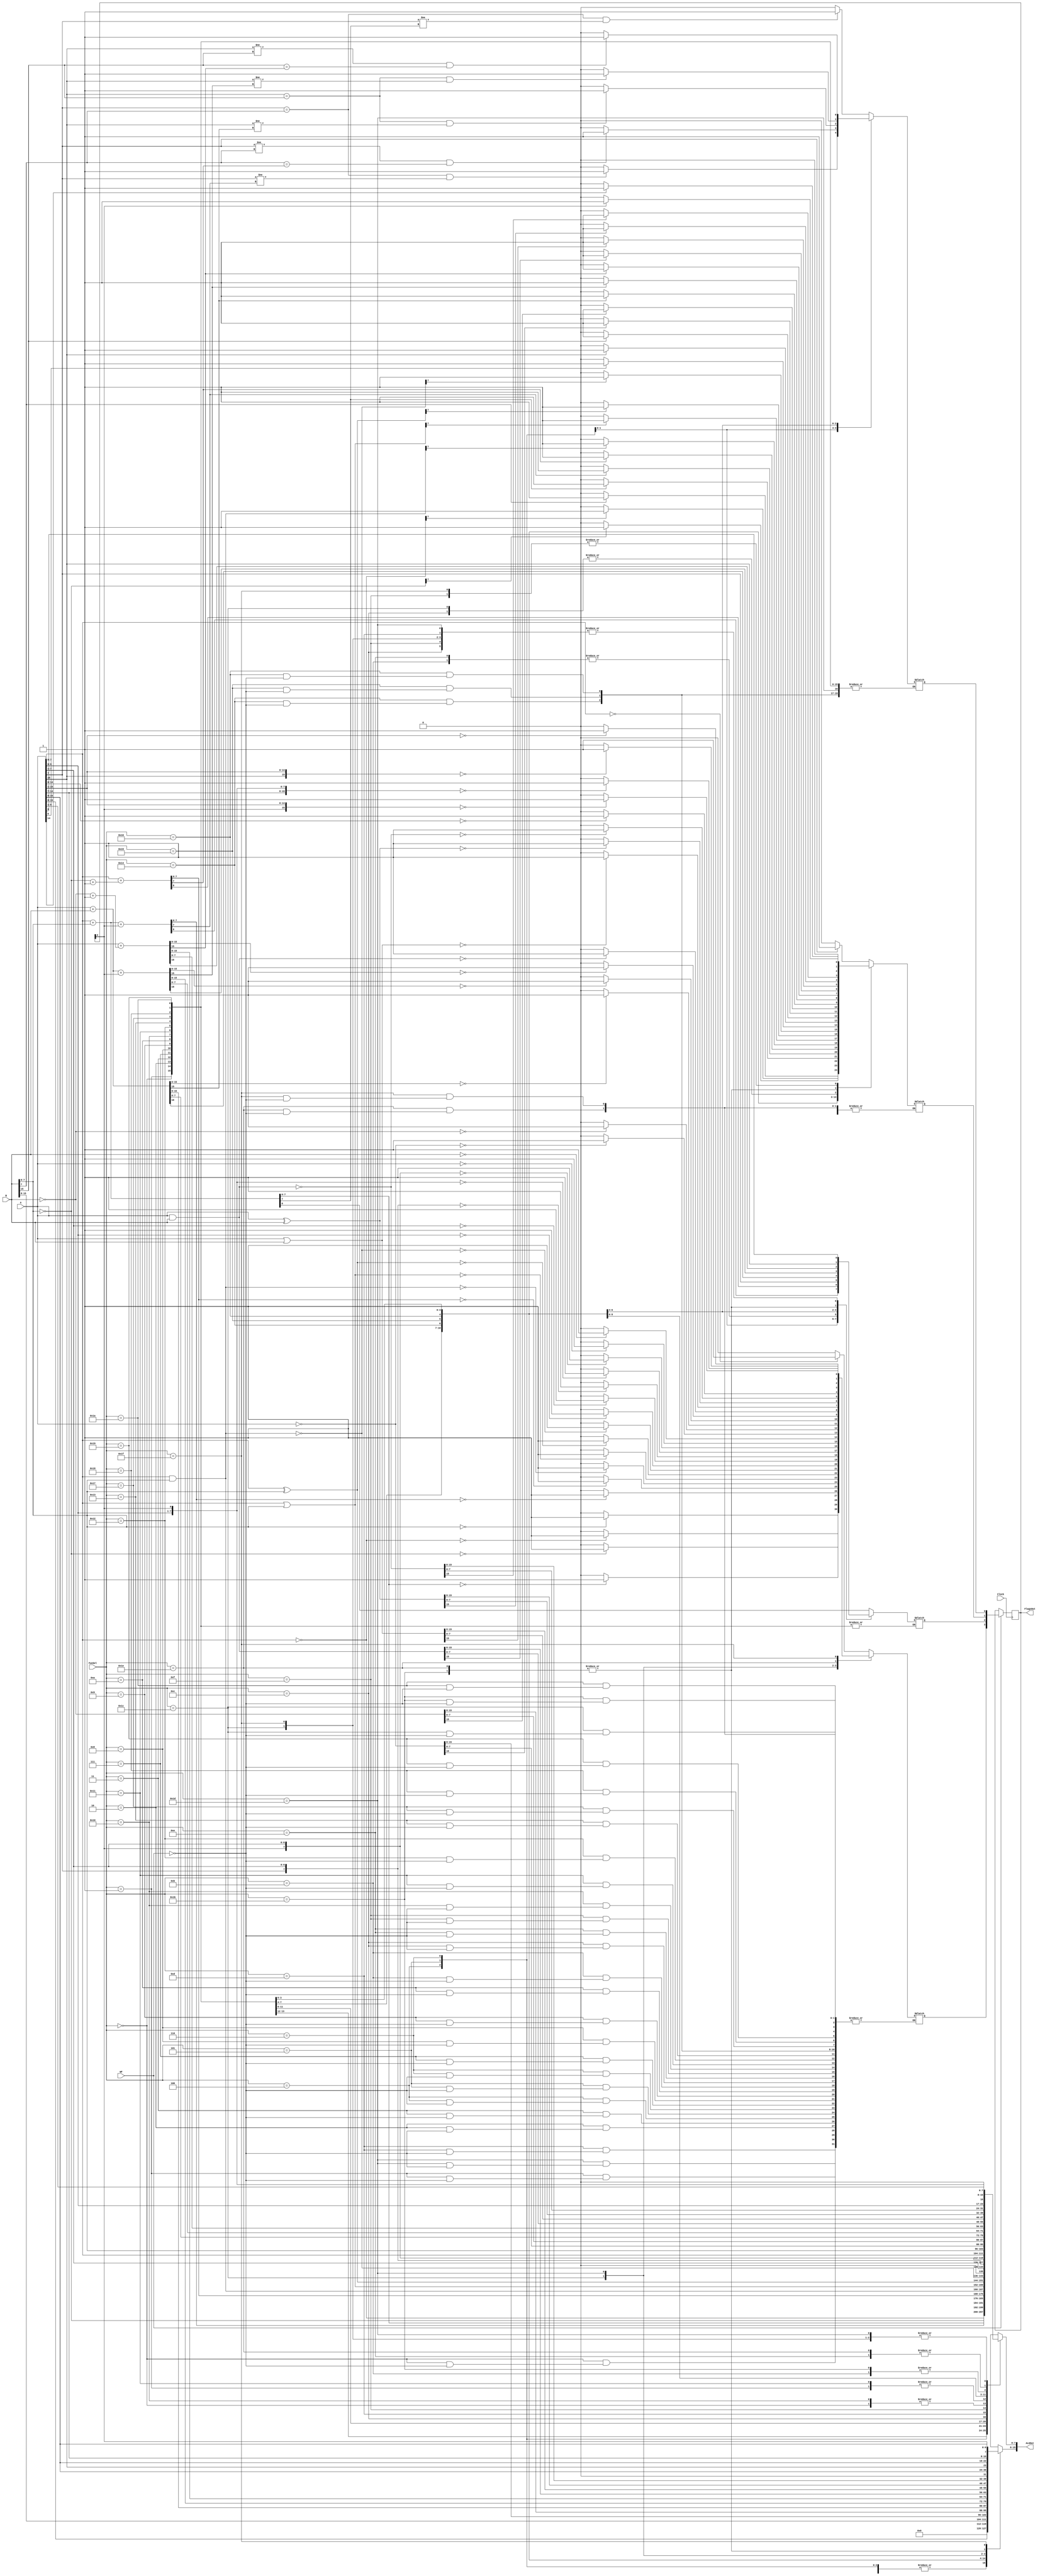
`timescale 1ns / 1ps

module ArithmeticLogicUnit(
    input wire [15:0] A,
    input wire [15:0] B,
    input wire [4:0] FunSel,
    input wire WF,
    input wire Clock,
    output reg [15:0] ALUOut,
    output reg [3:0] FlagsOut
    );
    
    // Zero, Carry, Negative, Overflow Flags
    reg Z = 0, C = 0, N = 0, O = 0;
    
    
    always @(*) 
    begin

        case(FunSel)
            
            // A (8-bit)
            5'b00000:
                begin
                    ALUOut = {8'h00, A[7:0]};
                    
                    if (WF) begin
                        Z = (ALUOut == 16'h0000) ? 1 : 0;
                        N = (ALUOut[7] == 1) ? 1 : 0;
                    end
                end
            

            // B (8-bit)
            5'b00001:
                begin
                    ALUOut = {8'h00, B[7:0]};
                    
                    if (WF) begin
                        Z = (ALUOut == 16'h0000) ? 1 : 0;
                        N = (ALUOut[7] == 1) ? 1 : 0;
                    end
                end            

            
            // NOT A (8-bit)
            5'b00010:
                begin
                    ALUOut = {8'h00, ~A[7:0]};
                    
                    if (WF) begin
                        Z = (ALUOut == 16'h0000) ? 1 : 0;
                        N = (ALUOut[7] == 1) ? 1 : 0;
                    end
                end
                
                
            // NOT B (8-bit)
            5'b00011:
                begin
                     ALUOut = {8'h00, ~B[7:0]};
                
                    if (WF) begin
                        Z = (ALUOut == 16'h0000) ? 1 : 0;
                        N = (ALUOut[7] == 1) ? 1 : 0;
                    end
                end
            
            
            // A + B (8-bit)
            5'b00100:
                begin
                    ALUOut = 16'h0000;
                    {C, ALUOut[7:0]} = {1'b0, A[7:0]} + {1'b0, B[7:0]};
                    
                    if (WF) begin
                        Z = (ALUOut == 16'h0000) ? 1 : 0;
                        N = (ALUOut[7] == 1) ? 1 : 0;
                        O = (A[7] == B[7] && A[7] != ALUOut[7]) ? 1 : 0;
                    end
                end                   
            
            
            // A + B + Carry (8-bit)
            5'b00101:
                begin
                    ALUOut = 16'h0000;
                    {C, ALUOut[7:0]} = {1'b0, A[7:0]} + {1'b0, B[7:0]} + {8'h00, FlagsOut[2]};
                
                    if (WF) begin
                        Z = (ALUOut == 16'h0000) ? 1 : 0;
                        N = (ALUOut[7] == 1) ? 1 : 0;
                        O = (A[7] == B[7] && A[7] != ALUOut[7]) ? 1 : 0;
                    end                    
                end       
            
            
            // A  B (8-bit)            
            5'b00110:
                begin
                    ALUOut = 16'h0000;
                    {C, ALUOut[7:0]} = {1'b0, A[7:0]} + {1'b0, (~B[7:0] + 8'd1)};

                    if (WF) begin
                        Z = (ALUOut == 16'h0000) ? 1 : 0;
                        N = (ALUOut[7] == 1) ? 1 : 0;
                        O = (A[7] != B[7] && B[7] == ALUOut[7]) ? 1 : 0;
                    end                
                end
                
                
            // A AND B (8-bit)
            5'b00111:
                begin
                    ALUOut = 16'h0000;
                    ALUOut[7:0] = A[7:0] & B[7:0];
                
                    if (WF) begin
                        Z = (ALUOut == 16'h0000) ? 1 : 0;
                        N = (ALUOut[7] == 1) ? 1 : 0;
                    end                    
                end
                
                
            // A OR B (8-bit)
            5'b01000:
                begin
                    ALUOut = 16'h0000;
                    ALUOut[7:0] = A[7:0] | B[7:0];
            
                    if (WF) begin
                        Z = (ALUOut == 16'h0000) ? 1 : 0;
                        N = (ALUOut[7] == 1) ? 1 : 0;
                    end                    
                end
            
            
            // A XOR B (8-bit)
            5'b01001:
                begin
                    ALUOut = 16'h0000;
                    ALUOut[7:0] = A[7:0] ^ B[7:0];
            
                    if (WF) begin
                        Z = (ALUOut == 16'h0000) ? 1 : 0;
                        N = (ALUOut[7] == 1) ? 1 : 0;
                    end                    
                end
            
            
            // A NAND B (8-bit)   
            5'b01010:
                begin
                    ALUOut = 16'h0000;
                    ALUOut[7:0] = ~(A[7:0] & B[7:0]);
            
                    if (WF) begin
                        Z = (ALUOut == 16'h0000) ? 1 : 0;
                        N = (ALUOut[7] == 1) ? 1 : 0;
                    end                    
                end
                
                
            // LSL A (8-bit)    
            5'b01011:
                begin
                    ALUOut = 16'h0000;
                    {C, ALUOut[7:0]} = {A[7:0], 1'b0};
            
                    if (WF) begin
                        Z = (ALUOut == 16'h0000) ? 1 : 0;
                        N = (ALUOut[7] == 1) ? 1 : 0;
                    end                    
                end            
            
            
            // LSR A (8-bit)
            5'b01100:
                begin
                    ALUOut = 16'h0000;
                    {ALUOut[7:0], C} = {1'b0, A[7:0]};
        
                    if (WF) begin
                        Z = (ALUOut == 16'h0000) ? 1 : 0;
                        N = (ALUOut[7] == 1) ? 1 : 0;
                    end                 
                end
                
                
            // ASR A (8-bit)
            5'b01101:
                begin
                    ALUOut = 16'h0000;
                    {ALUOut[7:0], C} = {A[7], A[7:0]};
    
                    if (WF) begin
                        Z = (ALUOut == 16'h0000) ? 1 : 0;
                    end                 
                end
                
                
            // CSL A (8-bit)
            5'b01110:
                begin
                    ALUOut = 16'h0000;
                    ALUOut[7:0] = {A[6:0], FlagsOut[2]};
                    C = A[7];

                    if (WF) begin
                        Z = (ALUOut == 16'h0000) ? 1 : 0;
                        N = (ALUOut[7] == 1) ? 1 : 0;
                    end                 
                end
                
                
            // CSR A (8-bit)
            5'b01111:
                begin
                    ALUOut = 16'h0000;
                    ALUOut[7:0] = {FlagsOut[2], A[7:1]};
                    C = A[0];

                    if (WF) begin
                        Z = (ALUOut == 16'h0000) ? 1 : 0;
                        N = (ALUOut[7] == 1) ? 1 : 0;
                    end                 
                end


            // A (16-bit)
            5'b10000:
                begin
                    ALUOut = A;
                    
                    if (WF) begin
                        Z = (ALUOut == 16'h0000) ? 1 : 0;
                        N = (ALUOut[15] == 1) ? 1 : 0;
                    end
                end
            

            // B (16-bit)
            5'b10001:
                begin
                    ALUOut = B;
                    
                    if (WF) begin
                        Z = (ALUOut == 16'h0000) ? 1 : 0;
                        N = (ALUOut[15] == 1) ? 1 : 0;
                    end
                end            

            
            // NOT A (16-bit)
            5'b10010:
                begin
                    ALUOut = ~A;
                    
                    if (WF) begin
                        Z = (ALUOut == 16'h0000) ? 1 : 0;
                        N = (ALUOut[15] == 1) ? 1 : 0;
                    end
                end
                
                
            // NOT B (16-bit)
            5'b10011:
                begin
                     ALUOut = ~B;
                
                    if (WF) begin
                        Z = (ALUOut == 16'h0000) ? 1 : 0;
                        N = (ALUOut[15] == 1) ? 1 : 0;
                    end
                end
            
            
            // A + B (16-bit)
            5'b10100:
                begin
                    {C, ALUOut} = {1'b0, A[15:0]} + {1'b0, B[15:0]};
                    
                    if (WF) begin
                        Z = (ALUOut == 16'h0000) ? 1 : 0;
                        N = (ALUOut[15] == 1) ? 1 : 0;
                        O = (A[15] == B[15] && A[15] != ALUOut[15]) ? 1 : 0;
                    end
                end                   
            
            
            // A + B + Carry (16-bit)
            5'b10101:
                begin
                    {C, ALUOut} = {1'b0, A[15:0]} + {1'b0, B[15:0]} + {16'h0000, FlagsOut[2]};
                
                    if (WF) begin
                        Z = (ALUOut == 16'h0000) ? 1 : 0;
                        N = (ALUOut[15] == 1) ? 1 : 0;
                        O = (A[15] == B[15] && A[15] != ALUOut[15]) ? 1 : 0;
                    end                    
                end       
            
            
            // A - B (16-bit)            
            5'b10110:
                begin
                    {C, ALUOut} = {1'b0, A} + {1'b0, (~B + 16'h0001)};

                    if (WF) begin
                        Z = (ALUOut == 16'h0000) ? 1 : 0;
                        N = (ALUOut[15] == 1) ? 1 : 0;
                        O = (A[15] != B[15] && B[15] == ALUOut[15]) ? 1 : 0;
                    end                
                end
                
                
            // A AND B (16-bit)
            5'b10111:
                begin
                    ALUOut = A & B;
                
                    if (WF) begin
                        Z = (ALUOut == 16'h0000) ? 1 : 0;
                        N = (ALUOut[15] == 1) ? 1 : 0;
                    end                    
                end
                
                
            // A OR B (16-bit)
            5'b11000:
                begin
                    ALUOut = A | B;
            
                    if (WF) begin
                        Z = (ALUOut == 16'h0000) ? 1 : 0;
                        N = (ALUOut[15] == 1) ? 1 : 0;
                    end                    
                end
            
            
            // A XOR B (16-bit)
            5'b11001:
                begin
                    ALUOut = A ^ B;
            
                    if (WF) begin
                        Z = (ALUOut == 16'h0000) ? 1 : 0;
                        N = (ALUOut[15] == 1) ? 1 : 0;
                    end                    
                end
            
            
            // A NAND B (16-bit)   
            5'b11010:
                begin
                    ALUOut = ~(A & B);
            
                    if (WF) begin
                        Z = (ALUOut == 16'h0000) ? 1 : 0;
                        N = (ALUOut[15] == 1) ? 1 : 0;
                    end                    
                end
                
                
            // LSL A (16-bit)    
            5'b11011:
                begin
                    {C, ALUOut} = {A, 1'b0};
            
                    if (WF) begin
                        Z = (ALUOut == 16'h0000) ? 1 : 0;
                        N = (ALUOut[15] == 1) ? 1 : 0;
                    end                    
                end            
            
            
            // LSR A (16-bit)
            5'b11100:
                begin
                    {ALUOut, C} = {1'b0, A};
        
                    if (WF) begin
                        Z = (ALUOut == 16'h0000) ? 1 : 0;
                        N = (ALUOut[15] == 1) ? 1 : 0;
                    end                 
                end
                
                
            // ASR A (16-bit)
            5'b11101:
                begin
                    {ALUOut, C} = {A[15], A};
    
                    if (WF) begin
                        Z = (ALUOut == 16'h0000) ? 1 : 0;
                    end                 
                end
                
                
            // CSL A (16-bit)
            5'b11110:
                begin
                    ALUOut = {A[14:0], FlagsOut[2]};
                    C = A[15];

                    if (WF) begin
                        Z = (ALUOut == 16'h0000) ? 1 : 0;
                        N = (ALUOut[15] == 1) ? 1 : 0;
                    end                 
                end
                
                
            // CSR A (8-bit)
            5'b11111:
                begin
                    ALUOut = {FlagsOut[2], A[15:1]};
                    C = A[0];

                    if (WF) begin
                        Z = (ALUOut == 16'h0000) ? 1 : 0;
                        N = (ALUOut[15] == 1) ? 1 : 0;
                    end                 
                end               
        endcase    
    end
    
    always @(posedge Clock)
    begin
        if (WF)
        begin
            FlagsOut <= {Z, C, N, O};
        end
        
        else
        begin
            FlagsOut <= FlagsOut;
        end
    end
endmodule